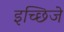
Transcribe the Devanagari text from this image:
इच्छिजे